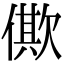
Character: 僛